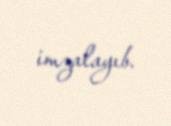
imzalayıb.